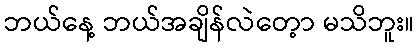
ဘယ်နေ့ ဘယ်အချိန်လဲတေ့ာ မသိဘူး။